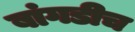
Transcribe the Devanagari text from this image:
बांगडीच